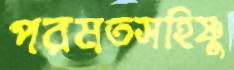
পরমতসহিষ্ণু